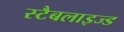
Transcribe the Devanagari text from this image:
स्टैबलाइज्ड